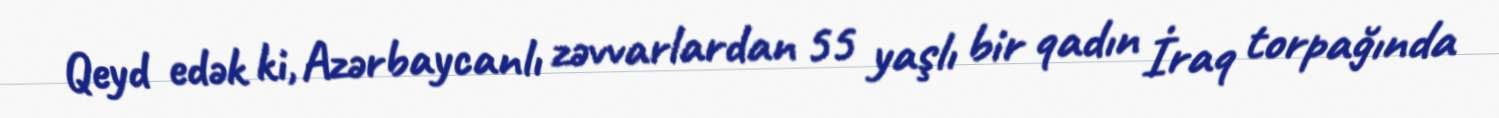
Qeyd edək ki, Azərbaycanlı zəvvarlardan 55 yaşlı bir qadın İraq torpağında